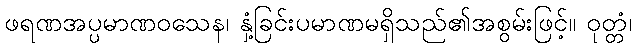
ဖရဏအပ္ပမာဏဝသေန၊ နှံ့ခြင်းပမာဏမရှိသည်၏အစွမ်းဖြင့်။ ဝုတ္တံ၊